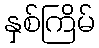
နှစ်ကြိမ်